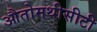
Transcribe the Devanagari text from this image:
औतोमथीसीटी